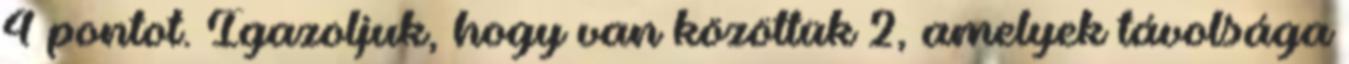
4 pontot. Igazoljuk, hogy van közöttük 2, amelyek távolsága